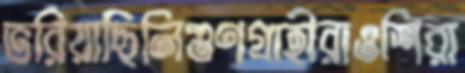
ভরিয়াছিলিগুণগ্রাহীরাওশিরা